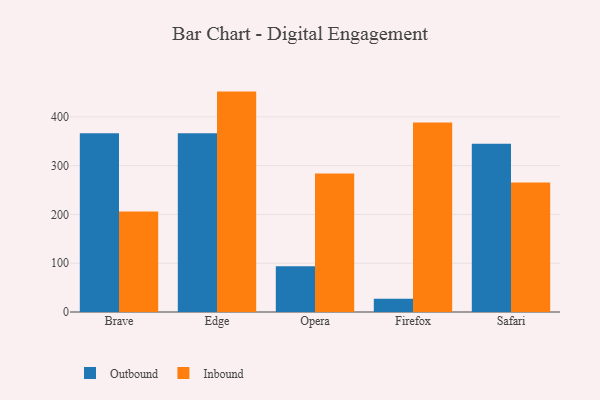
{"axis": {"x": "Browser", "y": "Humidity (%)"}, "legend": ["Inbound", "Outbound"], "data": [{"x": "Brave", "y": 366.5, "type": "Outbound"}, {"x": "Brave", "y": 206.2, "type": "Inbound"}, {"x": "Edge", "y": 366.4, "type": "Outbound"}, {"x": "Edge", "y": 451.8, "type": "Inbound"}, {"x": "Opera", "y": 93.6, "type": "Outbound"}, {"x": "Opera", "y": 283.7, "type": "Inbound"}, {"x": "Firefox", "y": 27.2, "type": "Outbound"}, {"x": "Firefox", "y": 388.6, "type": "Inbound"}, {"x": "Safari", "y": 344.7, "type": "Outbound"}, {"x": "Safari", "y": 265.5, "type": "Inbound"}]}